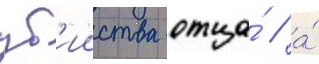
уб'ииства отца́ / а́